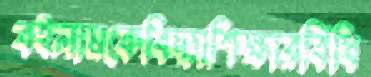
বইলামকেবিদ্যাশিক্ষারবিঁধি